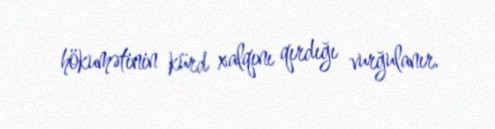
hökumətinin kürd xalqını qırdığı vurğulanır.